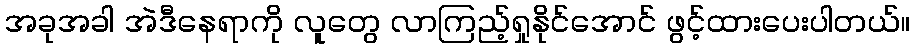
အခုအခါ အဲဒီနေရာကို လူတွေ လာကြည့်ရှုနိုင်အောင် ဖွင့်ထားပေးပါတယ်။